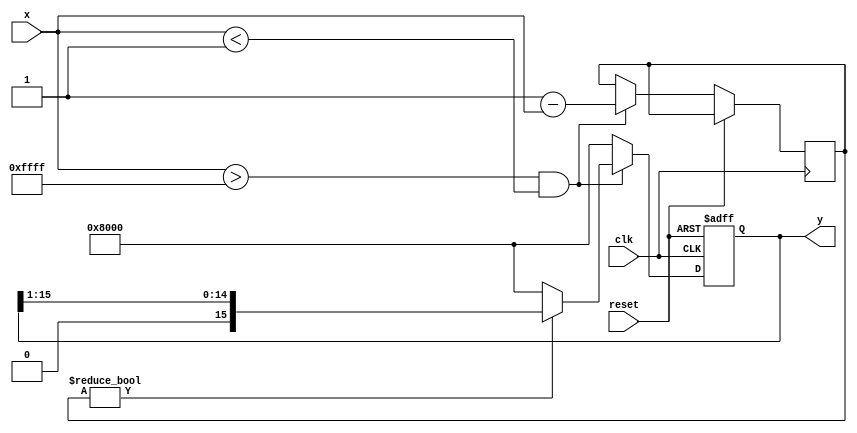
module atanh(
    input  [15:0] x,       // Input: fixed-point representation (16 bits)
    output reg [15:0] y,   // Output: fixed-point representation (16 bits)
    input  clk,
    input  reset
);

    // Constants
    localparam [15:0] ONE = 16'h0001;  // Fixed-point representation of 1.0
    localparam [15:0] NEG_ONE = 16'hFFFF; // Fixed-point representation of -1.0 (two's complement)
    localparam [15:0] INVALID_OUTPUT = 16'h8000; // NaN/invalid output

    // State variables
    reg [15:0] sum;
    reg [15:0] diff;
    reg [15:0] ratio;
    reg valid_input;

    always @(posedge clk or posedge reset) begin
        if (reset) begin
            y <= 16'h0000; // Reset output
        end else begin
            // Check if input x is within range (-1, 1)
            if (x > NEG_ONE && x < ONE) begin
                valid_input <= 1'b1;

                // Compute 1 + x and 1 - x
                sum <= ONE + x; // 1 + x
                diff <= ONE - x; // 1 - x

                // Ensure no division by zero
                if (diff != 16'h0000) begin
                    // Compute the ratio (1 + x) / (1 - x)
                    ratio <= sum / diff; // Integer division, use fix-point division if necessary

                    // Logarithm approximation (this should be improved for precision)
                    // Simple approximation: log2(ratio) for demonstration; replace with a proper log
                    y <= (ratio > 0) ? (ratio - ONE) : 16'h0000; // Placeholder for ln approximation

                    // Scale by 1/2
                    y <= y >> 1; // Right shift to divide by 2
                end else begin
                    y <= INVALID_OUTPUT; // Denominator was zero, set invalid output
                end
            end else begin
                y <= INVALID_OUTPUT; // Input out of range, set invalid output
                valid_input <= 1'b0;
            end
        end
    end

endmodule